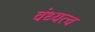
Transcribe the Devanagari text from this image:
वंध्यत्व